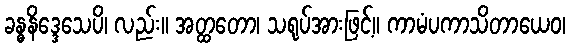
ခန္ဓနိဒ္ဒေသေပိ၊ လည်း။ အတ္ထတော၊ သရုပ်အားဖြင့်။ ကာမံပကာသိတာယေဝ၊